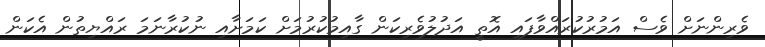
ވެރިންނަށް ވެސް އަމުރުކުރައްވާފައި އޮތީ އަދުލުވެރިކަން ގާއިމުކުރުމަށް ކަމަށާއި ނުކުރާނަމަ ރައްޔިތުން އެކަން